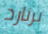
برنارد